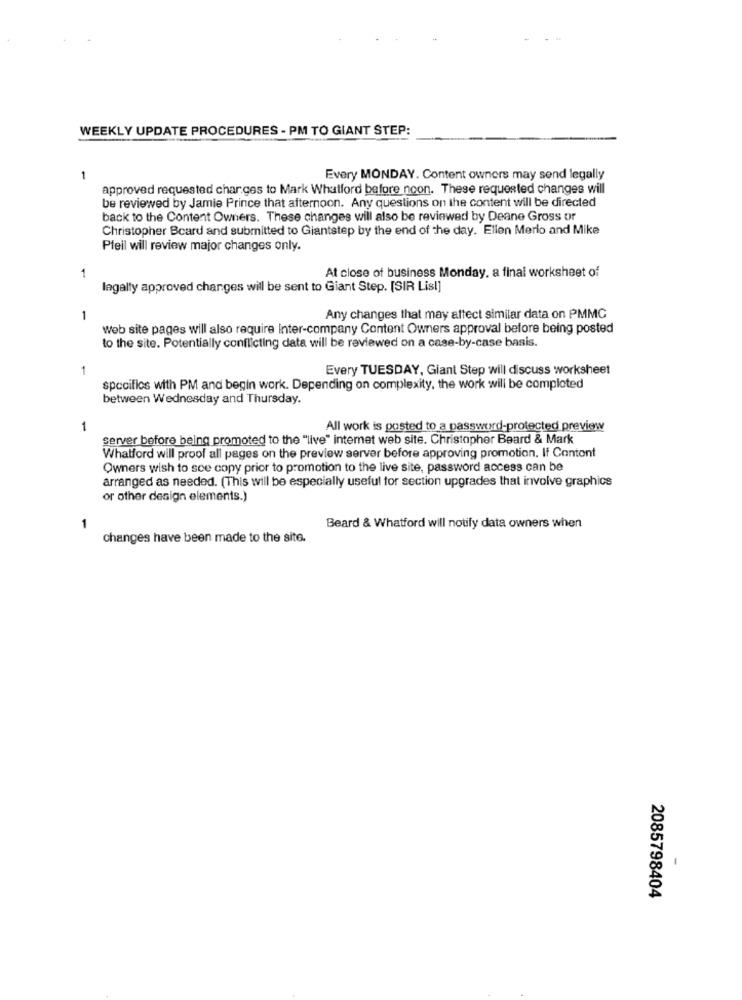
WEEKLY UPDATE PROCEDURES - PM TO GIANT STEP
1
Every MONDAY. Content owners may send legally
approved requested charges to Mark Whatford before noon. These requested changes will
be reviewed by Jamie Prince that afternoon. Any questions on the content will be directed
back to the Content Owners. These changes will also be reviewed by Deane Gross or
Christopher Board and submitted to Giantstep by the end of the day. Ellen Merlo and Mike
Pfeil will review major changes only.
1
At close of business Monday, a final worksheet of
legally approved changes will be sent to Giant Step. [SIR Lisl]
1
Any changes that may affect similar data on PMMC
Web site pages will also require Inter-company Content Owners approval before being posted
to the site. Potentially conflicting data will be reviewed on a case-by-case basis.
Every TUESDAY, Giant Step will discuss worksheet
specifics with PM and begin work. Depending on complexity, the work will be comploted
between Wednesday and Thursday.
1
All work is posted to a password-protected preview
server before being promoted to the "live" internet web site. Christopher Beard & Mark
Whatford will proof all pages on the preview server before approving promotion. If Cantont
Owners wish to see copy prior to promotion to the live site, password access can be
arranged as needed. (This will be especially useful for section upgrades that involve graphics
or other design elements.)
1
Beard & Whatford will notify data owners when
changes have been made to the site.
2085798404